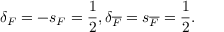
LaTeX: \delta _ { F } = - s _ { F } = \frac { 1 } { 2 } , \delta _ { \overline { { F } } } = s _ { \overline { { F } } } = \frac { 1 } { 2 } .